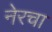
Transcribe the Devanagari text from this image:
नेरचा